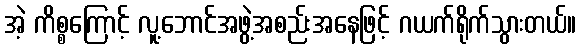
အဲ့ ကိစ္စကြောင့် လူ့ဘောင်အဖွဲ့အစည်းအနေဖြင့် ဂယက်ရိုက်သွားတယ်။